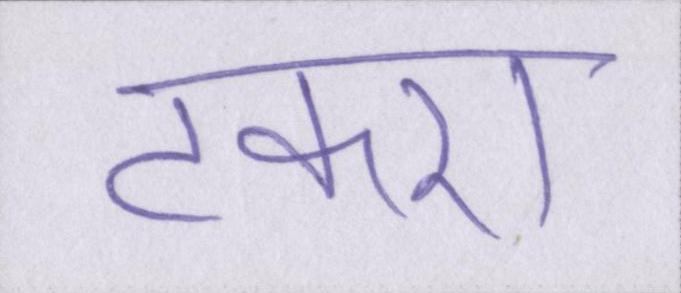
टकरा